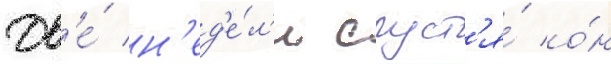
Дв'е́ н'ед'е́л'и спуст'я́ о́н